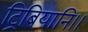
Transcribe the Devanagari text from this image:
ट्रिबियानि।।